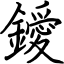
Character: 鑀